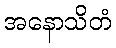
အနောသိတံ